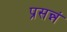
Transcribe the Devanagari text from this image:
प्रसन्नं